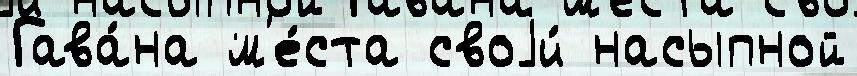
Гава́на м'е́ста своjи́ насыпной